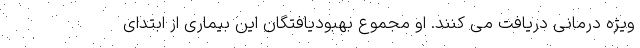
ویژه درمانی دریافت می کنند. او مجموع بهبودیافتگان این بیماری از ابتدای